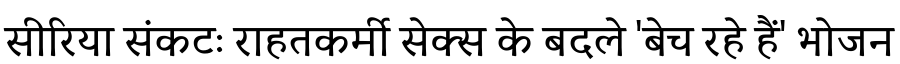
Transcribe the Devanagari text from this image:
सीरिया संकटः राहतकर्मी सेक्स के बदले 'बेच रहे हैं' भोजन